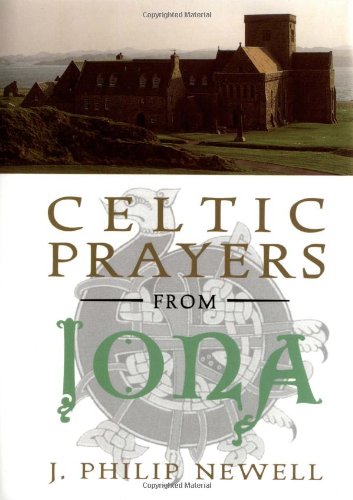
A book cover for Celtic Prayers from Iona: The Heart of Celtic Spirituality; J. Philip Newell; Christian Books & Bibles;